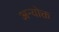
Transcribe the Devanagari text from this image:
अन्योक्त